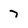
Character: 7